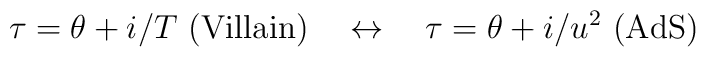
\tau=\theta+i/T \ \mbox{(Villain)} \quad\leftrightarrow\quad\tau=\theta+ i/u^2 \ \mbox{(AdS)}